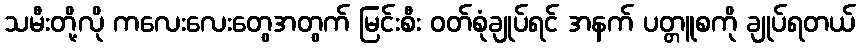
သမီးတို့လို ကလေးလေးတွေအတွက် မြင်းစီး ဝတ်စုံချုပ်ရင် အနက် ပတ္တူစကို ချုပ်ရတယ်